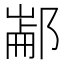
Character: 𰻶